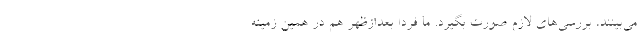
می‌بینند، بررسی‌های لازم صورت بگیرد. ما فردا بعدازظهر هم در همین زمینه